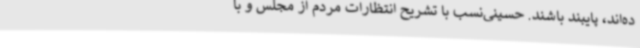
ده‌اند، پایبند باشند. حسینی‌نسب با تشریح انتظارات مردم از مجلس و با